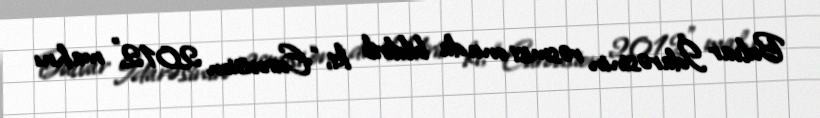
Bulvar İdarəsinin rəsmisi onu da bildirib ki, “Eurovision 2012" mahnı